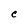
Character: C